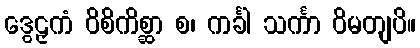
ဒွေဠှကံ ဝိစိကိစ္ဆာ စ၊ ကင်္ခါ သင်္ကာ ဝိမတျပိ။